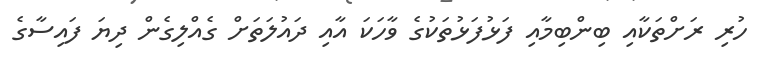
ހުރި ރަށްތަކާއި ބިންބިމާއި ފަޅުފަޅުތަކުގެ ވާހަކަ އާއި ދައުލަތަށް ގެއްލިގެން ދިޔަ ފައިސާގެ